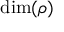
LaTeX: \dim ( \rho )